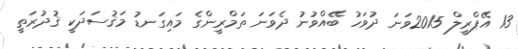
13 އޭޕްރީލް 2015ވަނަ ދުވަހު ބޭއްވުނު ދެވަނަ ތަމްރީންގެ މައިގަނޑު މަޤުސަދަކީ ޤުދުރަތީ